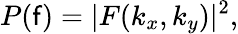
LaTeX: P(\mathsf{f})=|F(k_{x},k_{y})|^{2},